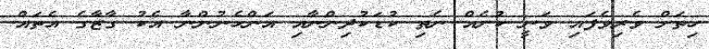
ހިތަށް ވެރިވެފައި ވަނީ ކުށެއް ނެތި ކުޑަކުދިންނާއި އަންހެނުންނާ އެކު ގާޒާގެ އެތައް